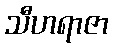
သီဟရာဇာ